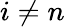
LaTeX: i\neq n